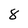
Character: 8